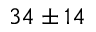
3 4 \pm 1 4